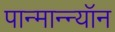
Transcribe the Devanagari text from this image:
पान्मान्न्यॉन